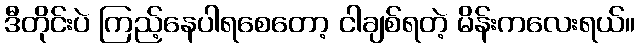
ဒီတိုင်းပဲ ကြည့်နေပါရစေတော့ ငါချစ်ရတဲ့ မိန်းကလေးရယ်။